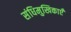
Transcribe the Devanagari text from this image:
संधिमुखिकाएँ